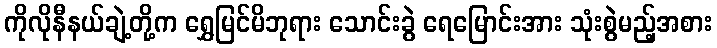
ကိုလိုနီနယ်ချဲ့တို့က ရွှေမြင်မိဘုရား သောင်းခွဲ ရေမြောင်းအား သုံးစွဲမည့်အစား